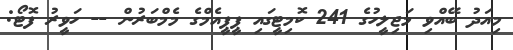
މިއަދު ބޭއްވި މަޖިލީހުގެ 241 ކޮމިޓީގައި ޕީޕީއެމްގެ މެމްބަރުން -- ހަވީރު ފޮޓޯ: